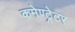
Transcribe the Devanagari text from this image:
कमेण्ट्रेटर